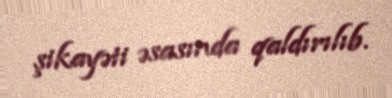
şikayəti əsasında qaldırılıb.